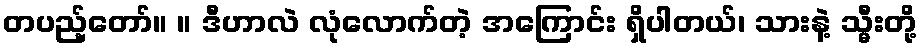
တပည့်တော်။ ။ ဒီဟာလဲ လုံလောက်တဲ့ အကြောင်း ရှိပါတယ်၊ သားနဲ့ သ္မီးတို့